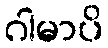
ဂါမာပိ